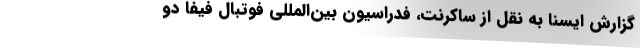
گزارش ایسنا به نقل از ساکرنت، فدراسیون بین‌المللی فوتبال فیفا دو